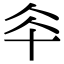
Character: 𠦍